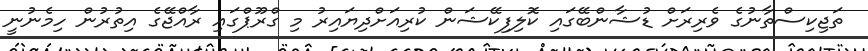
ތަޖިކިސްތާނުގެ ވެރިރަށް ޑުޝާންބޭގައި ކޮލިފިކޭޝަން ކުރިއަށްދިޔައިރު މި ގްރޫޕްގައި ރާއްޖޭގެ އިތުރުން ހިމެނުނީ